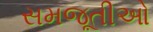
સમજૂતીઓ